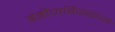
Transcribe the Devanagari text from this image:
इंडीजविरूद्धच्या